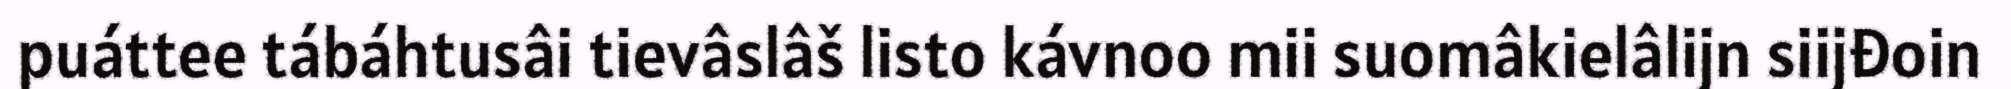
puáttee tábáhtusâi tievâslâš listo kávnoo mii suomâkielâlijn siijđoin